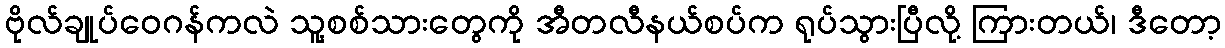
ဗိုလ်ချုပ်ဝေဂန်ကလဲ သူ့စစ်သားတွေကို အီတလီနယ်စပ်က ရုပ်သွားပြီလို့ ကြားတယ်၊ ဒီတော့